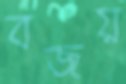
বজয়